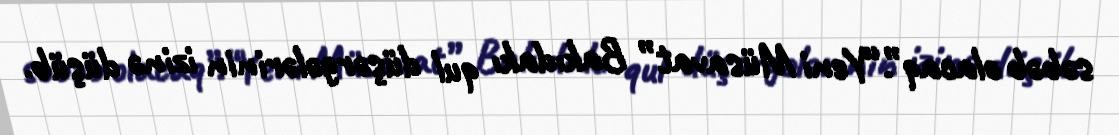
səbəb olacaq”.“Yeni Müsavat” Bakıdakı qul düşərgələrinin izinə düşüb.